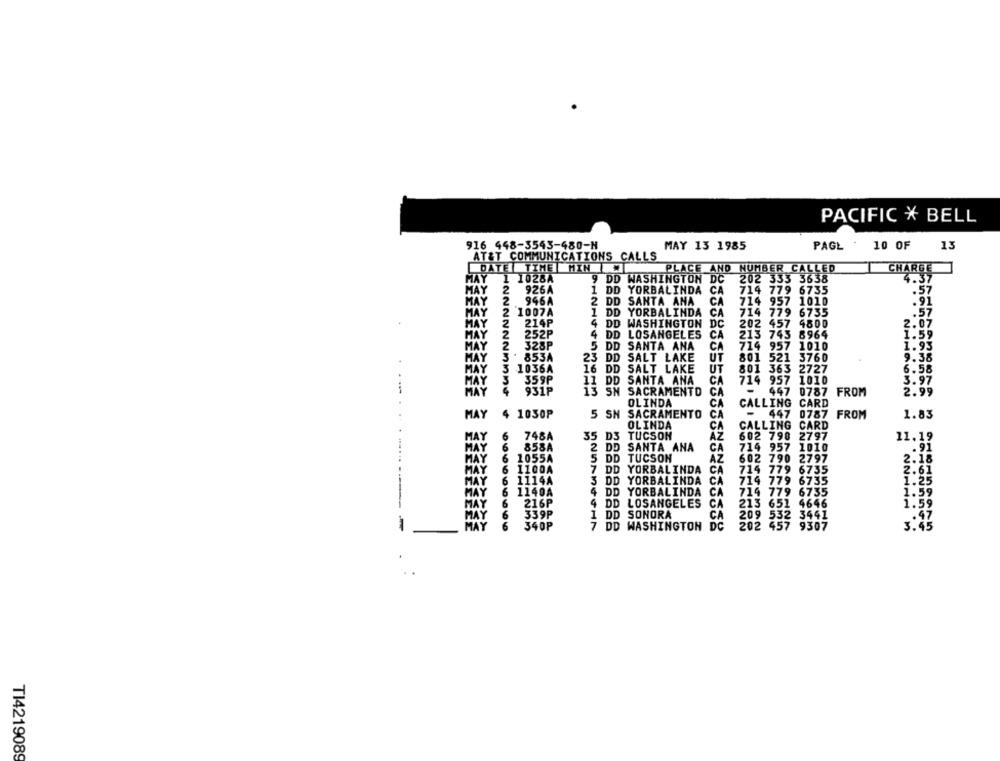
PACIFIC * BELL
916 448-3543-480-N
MAY 13 1985
PAGE
10 OF
13
AT&T COMMUNICATIONS CALLS
DATE TIME HIN
PLACE AND NUMBER CALLED
CHARGE
1028A
9 DD WASHINGTON DC
202 333 3638
4.37
926A
1 DD YORBALINDA
CA
714 779 6735
.57
MAY
MAY
946A
2 DD SANTA ANA
CA
714 957 1010
.91
2 1007A
1 DD YORBALINDA
CA
714 779 6735
.57
MAY
MAY
2
214P
4 DD WASHINGTON
DC
202 457 4800
2.07
MAY
2
252P
4
DD LOSANGELES
CA
213 743 8964
1.59
2
MAY
328P
5 DD SANTA ANA
CA
714 957 1010
1.93
853A
23 DD SALT LAKE
UT
801 521 3760
9.38
MAY
3
MAY
1036A
16 DD SALT LAKE
UT
801 363 2727
6.58
359P
11 DD SANTA ANA
CA
714 957 1010
3.97
TAY
-
IAY
931P
13 SN SACRAMENTO
CA
447 0787 FROM
2.99
OLINDA
CA
CALLING CARD
MAY
4
1050P
5 SN SACRAMENTO
CA
- 447 0787 FROM
1.83
OLINDA
CA
CALLING CARD
6
MAY
748A
35 D3 TUCSON
602 790
2797
11.19
LAY
6
858A
2 DD SANTA ANA
CA
714 957 1010
.91
1055A
5 DD TUCSON
AZ
602 790 2797
AY
6
1100A
7 DD YORBALINDA
CA
714 779 6735
6
1114A
S DD YORBALINDA
CA
MAY
714 779 6735
TAY
1140A
4 DD YORBALINDA
CA
719 779 6735
6
216P
4 DD LOSANGELES
CA
213 651 4646
6 339P
1 DD SONORA
CA
209 532 3441
:47
MAY
340P
202 457 9307
3.45
7 DD WASHINGTON DC
TI4219089